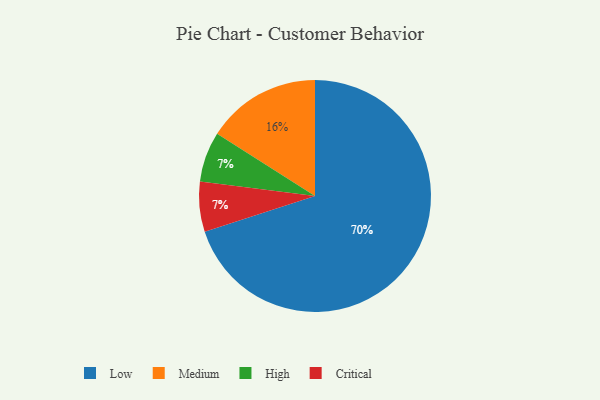
{"axis": {"x": "Category", "y": "Percentage"}, "legend": ["Critical", "High", "Low", "Medium"], "data": [{"x": "High", "y": 7, "type": "High"}, {"x": "Medium", "y": 16, "type": "Medium"}, {"x": "Critical", "y": 7, "type": "Critical"}, {"x": "Low", "y": 70, "type": "Low"}]}